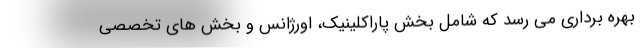
بهره برداری می رسد که شامل بخش پاراکلینیک، اورژانس و بخش های تخصصی